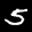
Label: 5